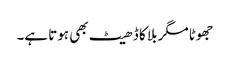
جھوٹا مگر بلا کا ڈھیٹ بھی ہوتا ہے۔